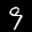
Label: 9